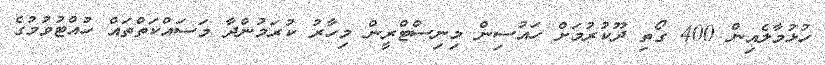
ހުޅުމާލެއިން 400 ގޯތި ދޫކުރުމަށް ހައުސިން މިނިސްޓްރީން މިހާރު ކުރަމުންދާ މަސައްކަތްތައް ހުއްޓުވުމުގެ